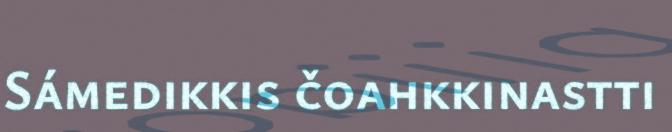
Sámedikkis čoahkkinastti